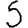
Digit: 5